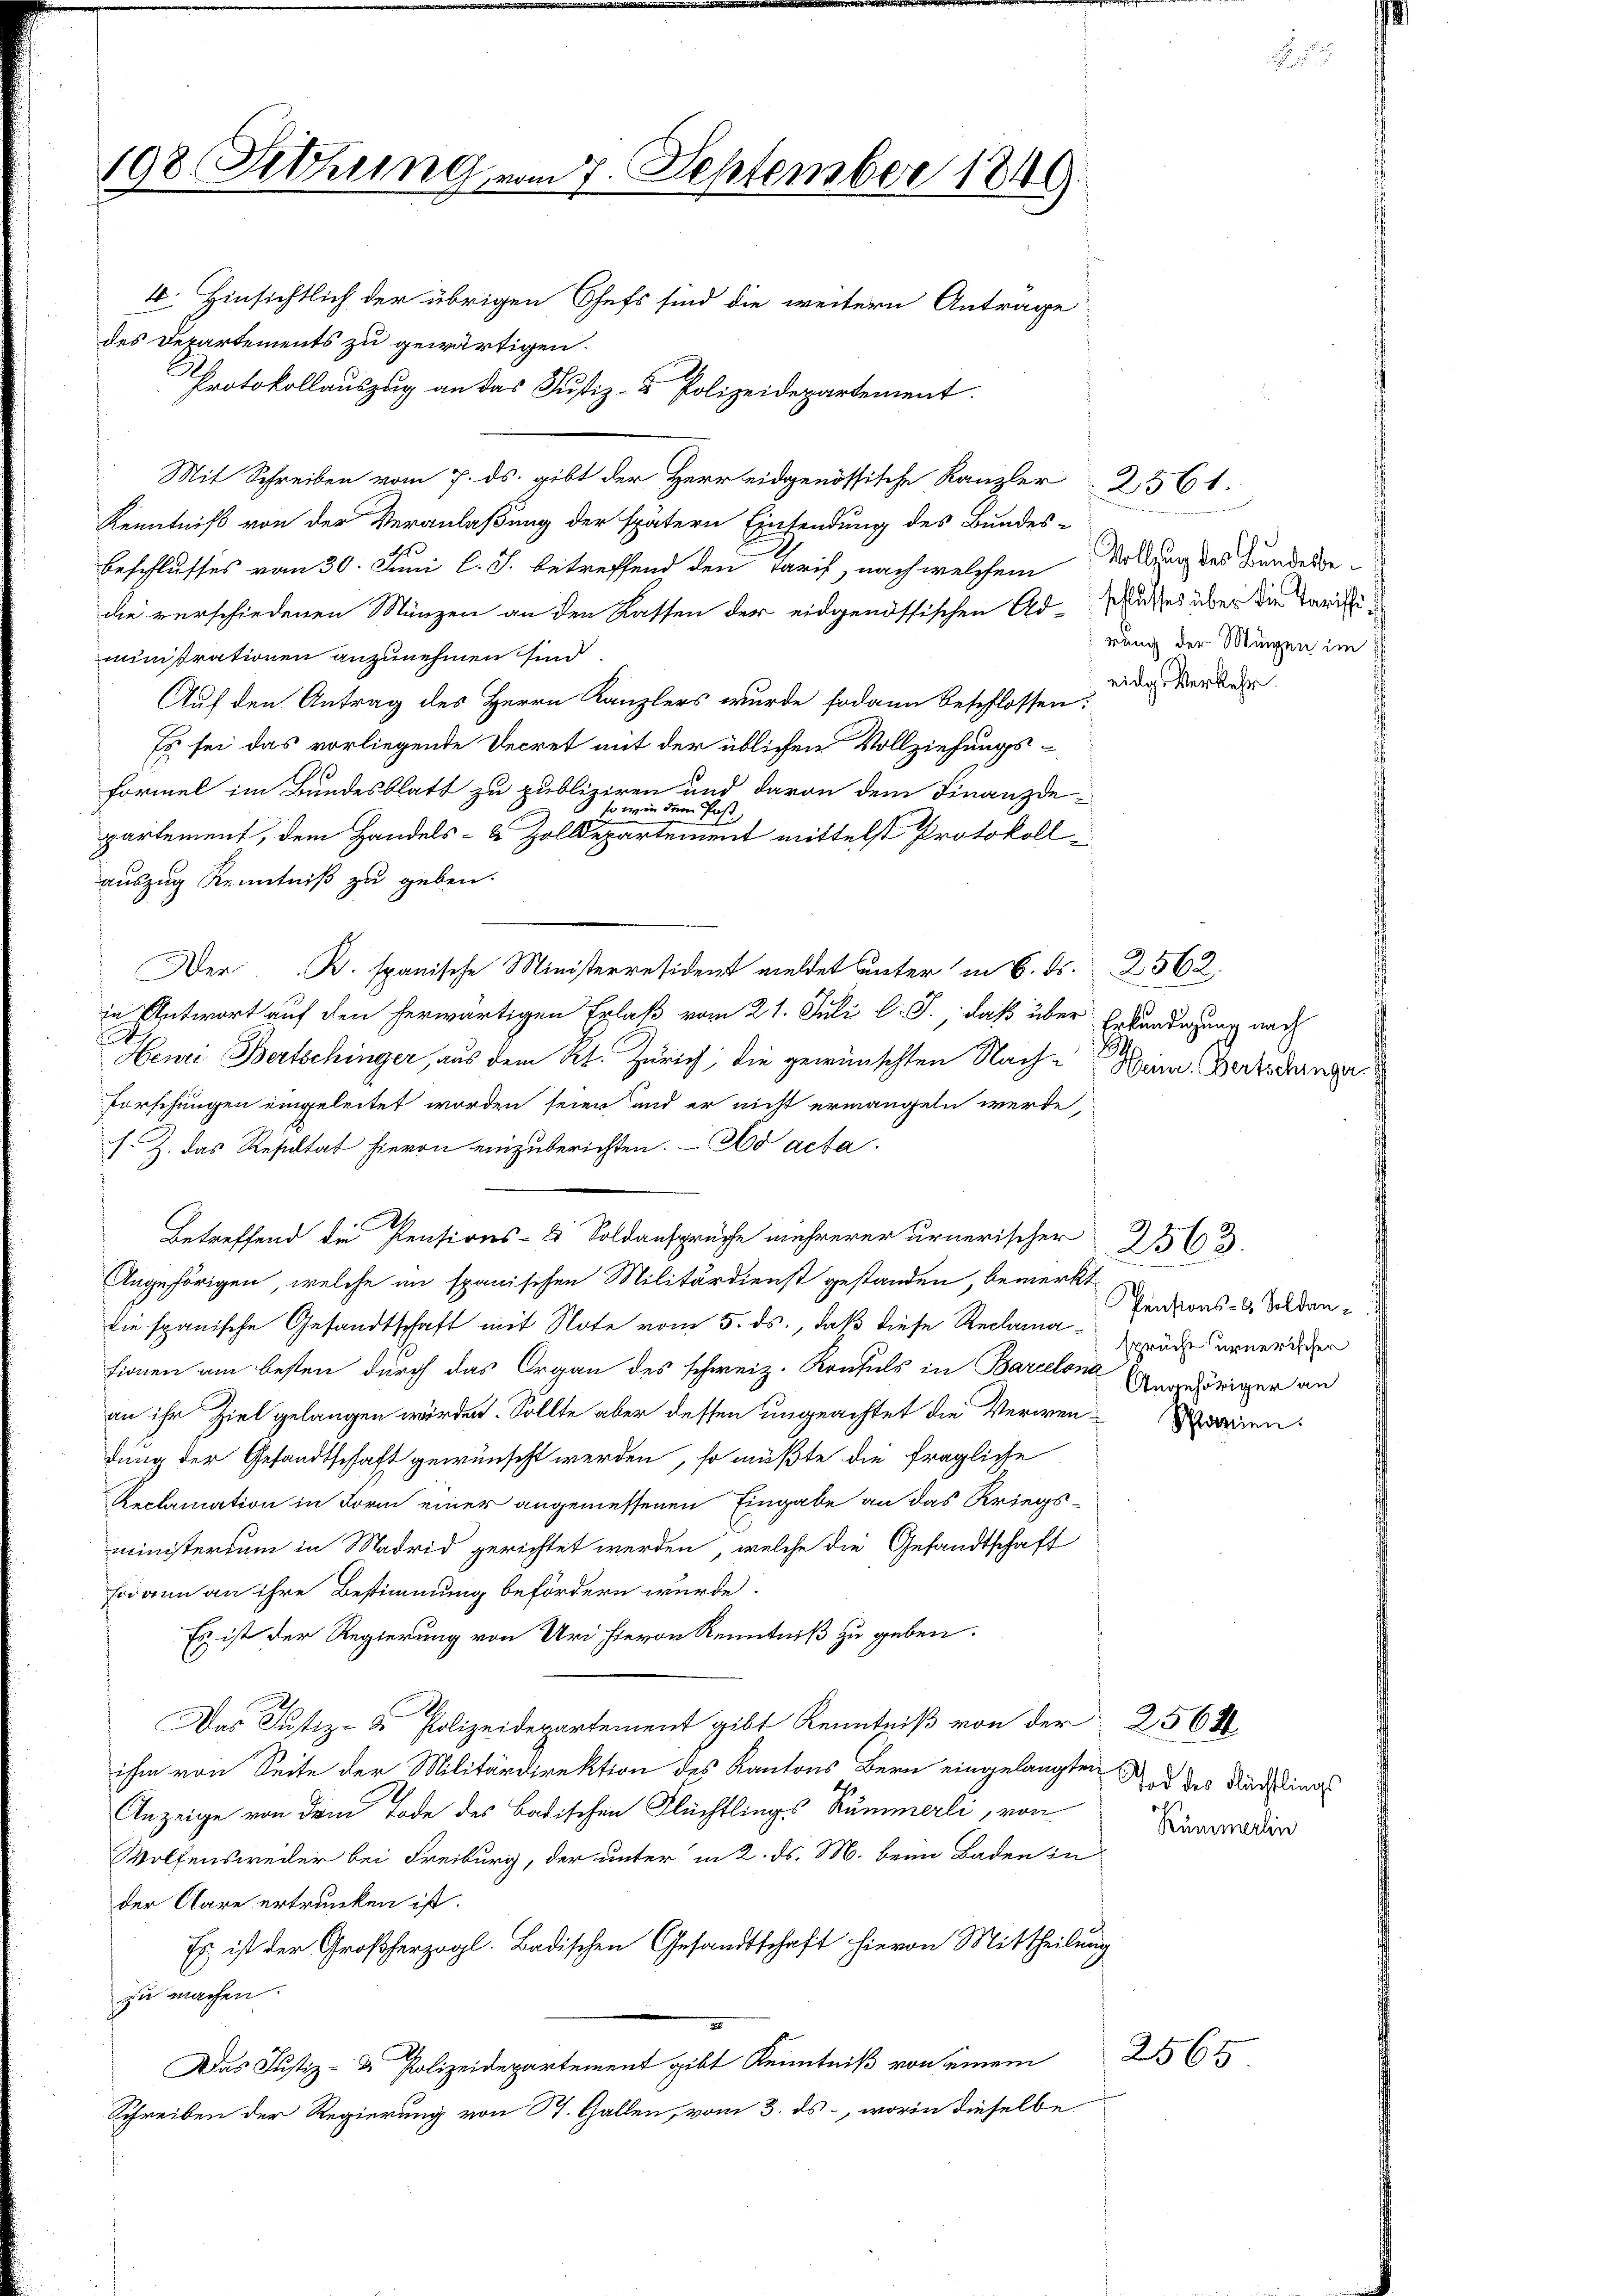
198. Sitzung vom 7. September 1849.
4. Hinsichtlich der übrigen Chefs sind die weitern Antrage
des Departements zu gewärtigen.

Protokollauszug an das Justiz- & Polizeidepartement.
Mit Schreiben vom 7. ds. gibt der Herr eidgenössische Kanzler 2561.
Kenntniß von der Veranlaßung der spätern Einsendung des Bundes-
Beschlusses vom 30. Juni l. J. betreffend den Tarif, nach welchem Stellung des Bundesbedie verschiedenen Münzen an den Kassen der eidgenössischen Ad-Schatzes über die Tarific
ministrationen anzunehmen sind.
Auf den Antrag des Herrn Kanzlers wurde sodann beschlossen:
Es sei das vorliegende Decret mit der üblichen Vollziehungs-
formel im Bundesblatt zu publiziren und davon dem Finanzdeso er in
dem Post,
partement, dem Handels- & Zolldepartement mittelst Protokoll
auszug Kenntniß zu geben.
Der B. spanische Ministerresident meldet unter in 6. ds. 2562.
in Antwort auf den herwärtigen Erlaß vom 21. Juli l. J., daß über
Henri Bertschinger, aus dem Kt. Zürich, die gewünschten Nach-Heim Berts dange
Forschungen eingeleitet worden seien und er nicht ermangeln werde,
s. Z. das Resultat hievon einzuberichten. - Ad acta.
Betreffend die Pensions- & Soldansprüche mehrerer urnerischer
Angehörigen, welche in spanischen Militärdienst gestanden, bemerkt
die spanische Gesandtschaft mit Note vom 5. ds., daß diese Reclama-Sprüche annerister
sionen am besten durch das Organ des schweiz. Konsuls in Barcelona Angehöriger an
an ihr Ziel gelangen würden. Sollte aber dessen ungeachtet die Verwendung der Gesandtschaft gewünscht werden, so müßte die fragliche
Reclamation in Form einer angemessenen Eingabe an das Kriegs-
ministerium in Madrid gerichtet werden, welche die Gesandtschaft
Fodann an ihre Bestimmung befördern wurde.
Es ist der Regierung von Uri hievon Kenntniß zu geben.
Das Justiz- & Polizeidepartement gibt Kenntniß von der 2564
ihm von Seite der Militärdirektion des Kantons Bern eingelangten ad des Rechtlings
Anzeige von dem Tode des Badischen Flüchtlings Kummerli, von
Wolfensweiler bei Freiburg, der unter in 2. ds. M. beim Baden in
der Clare ertrunken ist.
Es ist der Großherzogl. Badischen Gesandtschaft hievon Mittheilung
zu machen.
Das Justiz- & Polizeidepartement gibt Kenntniß von einem
Schreiben der Regierung von St. Gallen, vom 3. ds., worin dieselbe

rung der Müngen im
eidg. Verkehr

Erkundigung nach

2563.
Pensions- & Soldan¬

Rümmerlin

Schen

2565